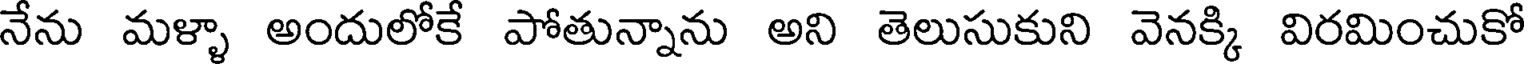
నేను మళ్ళా అందులోకే పోతున్నాను అని తెలుసుకుని వెనక్కి విరమించుకో